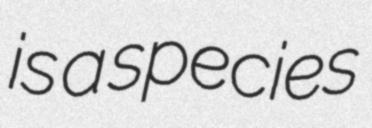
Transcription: is a species